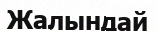
Жалындай